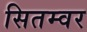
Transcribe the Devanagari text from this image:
सितम्वर